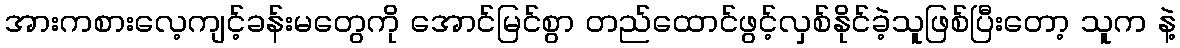
အားကစားလေ့ကျင့်ခန်းမတွေကို အောင်မြင်စွာ တည်ထောင်ဖွင့်လှစ်နိုင်ခဲ့သူဖြစ်ပြီးတော့ သူက နဲ့